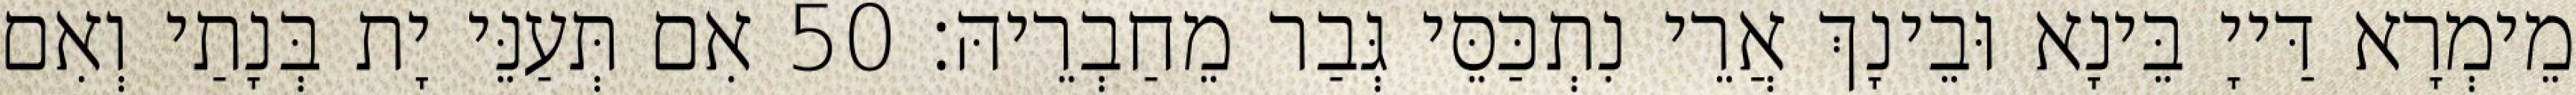
מֵימְרָא דַּייָ בֵּינָא וּבֵינָךְ אֲרֵי נִתְכַּסֵּי גְּבַר מֵחַבְרֵיהּ׃ 50 אִם תְּעַנֵּי יָת בְּנָתַי וְאִם